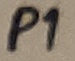
Text: P1